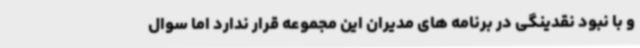
و با نبود نقدینگی در برنامه های مدیران این مجموعه قرار ندارد اما سوال